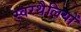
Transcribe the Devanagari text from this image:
स्वरथैलियों